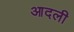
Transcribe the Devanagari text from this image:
आदली